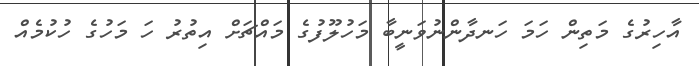
އާހިރުގެ މަތިން ހަމަ ހަނދާންނުވަނީބާ މަހުލޫފުގެ މައްޗަށް އިތުރު ހަ މަހުގެ ހުކުމެއް